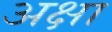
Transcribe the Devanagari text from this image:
अक्षा